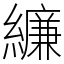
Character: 𦆆